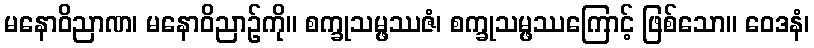
မနောဝိညာဏ၊ မနောဝိညာဉ်ကို။ စက္ခုသမ္ဖဿဇံ၊ စက္ခုသမ္ဖဿကြောင့် ဖြစ်သော။ ဝေဒနံ၊